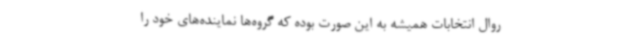
روال انتخابات همیشه به این صورت بوده که گروه‌ها نماینده‌های خود را